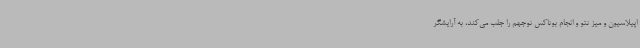
اپیلاسیون و میز تتو و انجام بوتاکس توجهم را جلب می‌کند، به آرایشگر